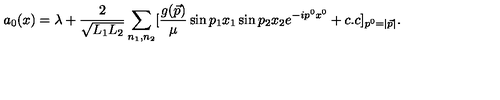
a _ { 0 } ( x ) = \lambda + { \frac { 2 } { \sqrt { L _ { 1 } L _ { 2 } } } } \sum _ { n _ { 1 } , n _ { 2 } } [ { \frac { g ( \vec { p } ) } { \mu } } \sin p _ { 1 } x _ { 1 } \sin p _ { 2 } x _ { 2 } e ^ { - i p ^ { 0 } x ^ { 0 } } + c . c ] _ { p ^ { 0 } = | \vec { p } | } .